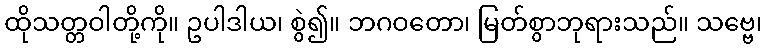
ထိုသတ္တဝါတို့ကို။ ဥပါဒါယ၊ စွဲ၍။ ဘဂဝတော၊ မြတ်စွာဘုရားသည်။ သဗ္ဗေ၊